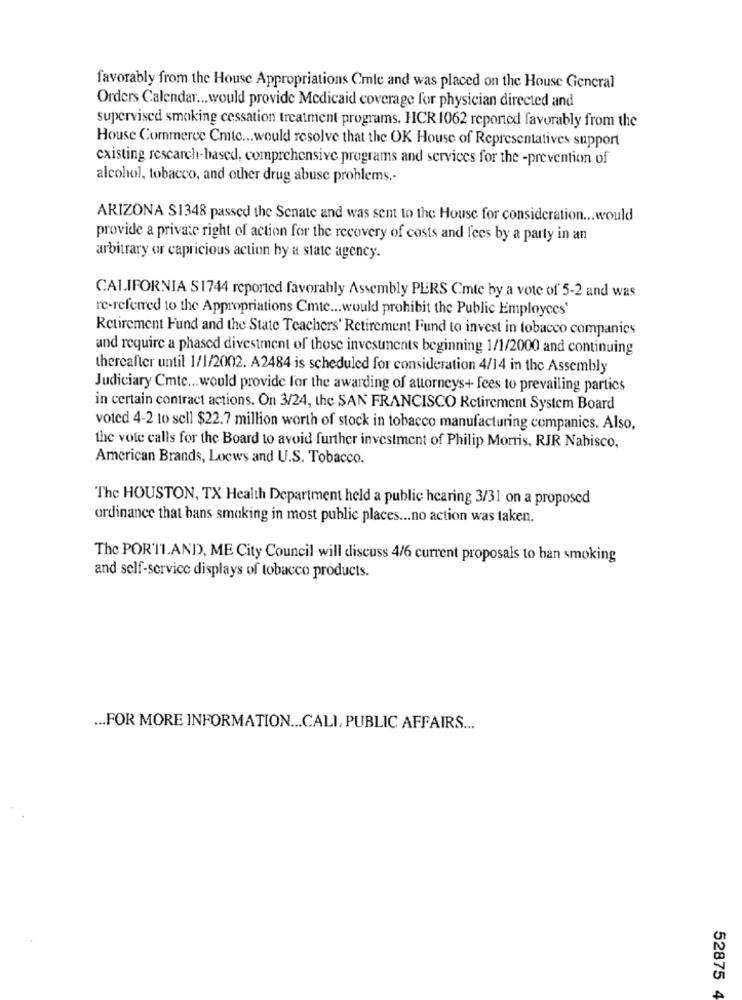
favorably from the House Appropriations Cmle and was placed on the House General
Orders Calendar ... would provide Medicaid coverage for physician directed and
supervised smoking cessation treatment programs. HCR 1062 reported favorably from the
House Commerce Cmte ... would resolve that the OK House of Representatives support
cxisting rescarch-based, comprehensive programs and services for the -prevention of
alcohol, tobacco, and other drug abuse problems .-
ARIZONA $1348 passed the Senate and was sent to the House for consideration ... would
provide a private right of action for the recovery of costs and fees by a party in an
arbitrary or capricious action by a state agency.
CALIFORNIA S1744 reported favorably Assembly PERS Cmte by a vote of 5-2 and was
re-referred to the Appropriations Cmtc ... would prohibit the Public Employees
Retirement Fund and the State Teachers' Retirement Fund to invest in tobacco companies
and require a phased divestment of those investments beginning 1/1/2000 and continuing
thereafter until 1/1/2002. A2484 is scheduled for consideration 4/14 in the Assembly
Judiciary Cmte ... would provide for the awarding of attorneys+ fees to prevailing partics
in certain contract actions. On 3/24, the SAN FRANCISCO Retirement System Board
voted 4-2 to sell $22.7 million worth of stock in tobacco manufacturing companies. Also,
the vote calls for the Board to avoid further investment of Philip Morris, RIR Nabisco,
American Brands, Loews and U.S. Tobacco.
The HOUSTON, TX Health Department held a public hearing 3/31 on a proposed
ordinance that bans smoking in most public places ... no action was taken.
The POR'TI.AND, ME City Council will discuss 4/6 current proposals to ban smoking
and self-service displays of tobacco products.
... FOR MORE INFORMATION ... CALI, PUBLIC AFFAIRS ...
52875